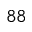
^ { 8 8 }